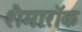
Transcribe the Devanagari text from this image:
शैमारॉक